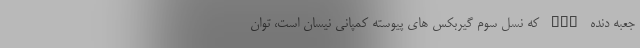
جعبه دنده CVT که نسل سوم گیربکس های پیوسته کمپانی نیسان است، توان